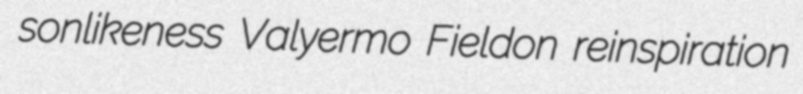
sonlikeness Valyermo Fieldon reinspiration